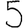
Digit: 5